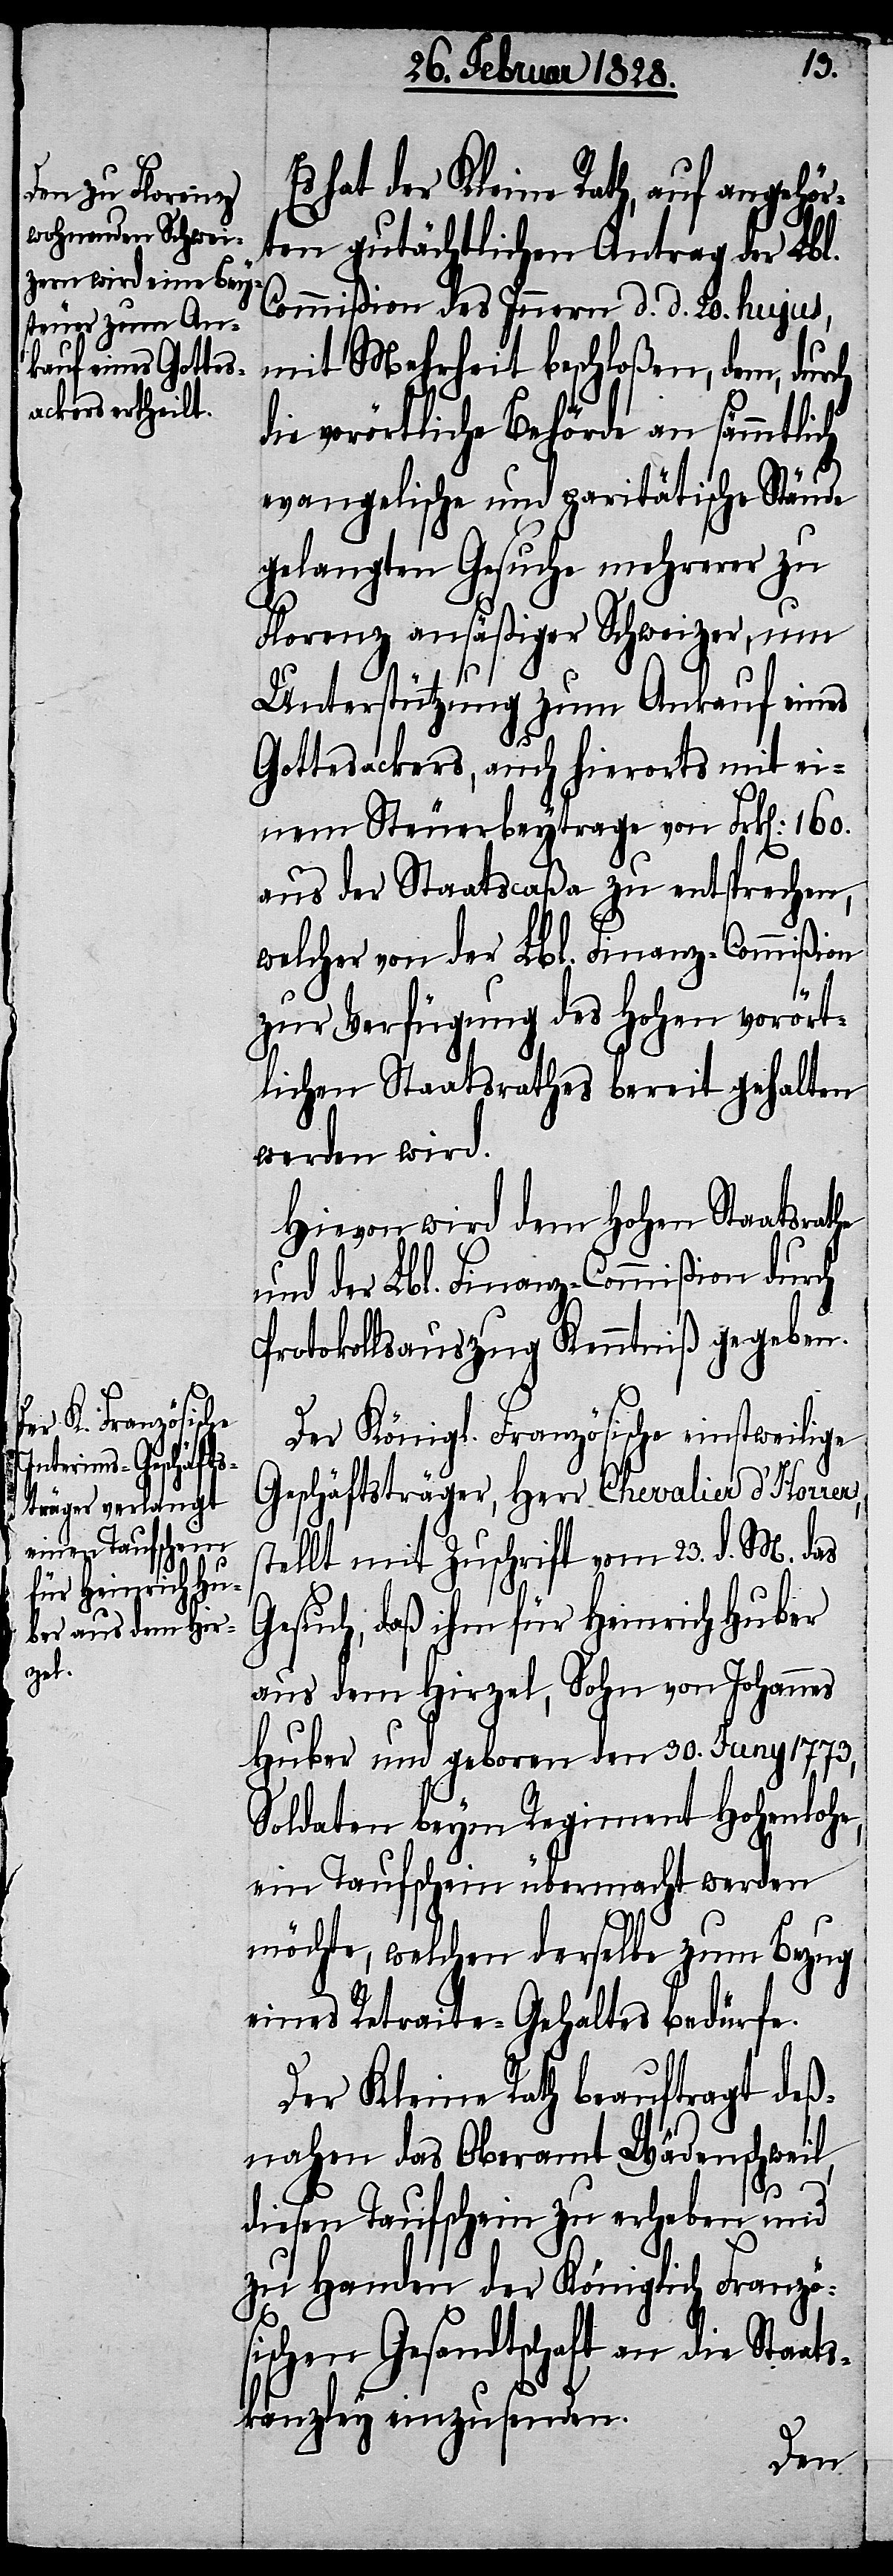
Es hat der Kleine Rath, auf angehör¬
ten gutächtlichen Antrag der Lbl.
Commißion des Innern d. d. 20. hujus,
mit Mehrheit beschloßen, dem, dur¬
die vorörtliche Behörde an sämmtliche
evangelische und paritätische Stände
gelangten Gesuche mehrerer zu
Florenz ansäßiger Schweizer, um
Unterstützung zum Ankauf eines
Gottesackers, auch hierorts mit ei¬
nem Steuerbeytrage von Frk[en]: 160.
aus der Staatscaßa zu entsprechen,
welcher von der Lbl. Finanz-Commißion
zur Verfügung des Hohen vorört¬
lichen Staatsrathes bereit gehalten
werden wird.
Hievon wird dem Hohen Staatsrathe
und der Lbl. Finanz-Commißion durch
Protokollsauszug Kenntniß gegeben.
ch
Der Königl. Französische einstweilige
Geschäftsträger, Herr Chevalier d’Horrer,
stellt mit Zuschrift vom 23. d. M. das
Gesuch, daß ihm für Heinrich Huber
aus dem Hirzel, Sohn von Johannes
Huber und geboren den 30. Juny 1773,
Soldaten beym Regiment Hohenlohe,
ein Taufschein übermacht werden
möchte, welchen derselbe zum Bezug
eines Retraite-Gehaltes bedürfe.
Der Kleine Rath beauftragt deß¬
nahen das Oberamt Wädenschweil,
diesen Taufschein zu erheben und
zu Handen der Königlich Franzö¬
sischen Gesandtschaft an die Staat¬
skanzley einzusenden.